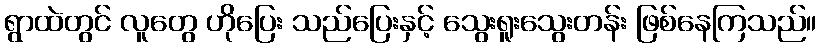
ရွာထဲတွင် လူတွေ ဟိုပြေး သည်ပြေးနှင့် သွေးရူးသွေးတန်း ဖြစ်နေကြသည်။